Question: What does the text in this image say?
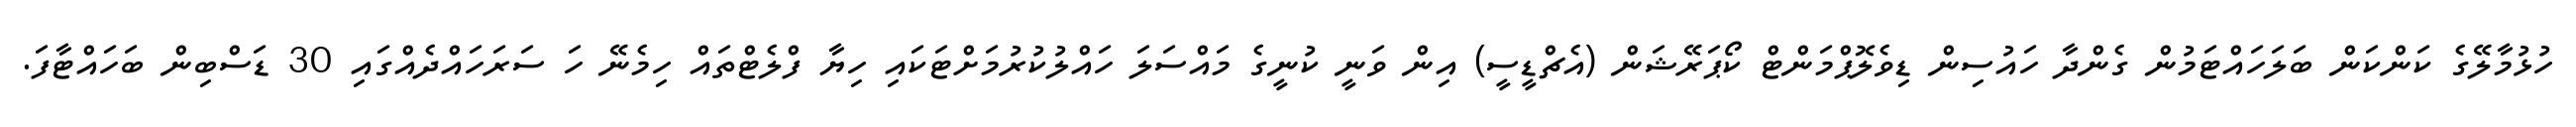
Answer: ހުޅުމާލޭގެ ކަންކަން ބަލަހައްޓަމުން ގެންދާ ހައުސިން ޑިވެލޮޕްމަންޓް ކޯޕަރޭޝަން (އެޗްޑީސީ) އިން ވަނީ ކުނީގެ މައްސަލަ ހައްލުކުރުމަށްޓަކައި ހިޔާ ފްލެޓްތައް ހިމެނޭ ހަ ސަރަހައްދެއްގައި 30 ޑަސްބިން ބަހައްޓާފަ.